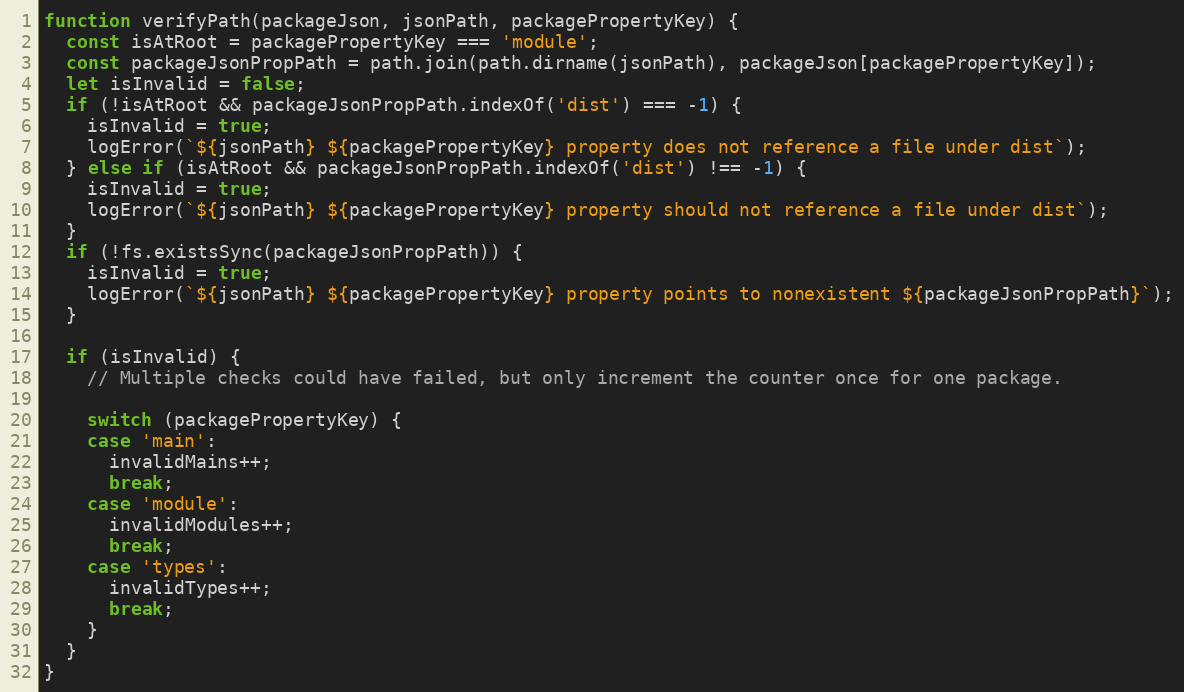
Language: JavaScript
function verifyPath(packageJson, jsonPath, packagePropertyKey) {
  const isAtRoot = packagePropertyKey === 'module';
  const packageJsonPropPath = path.join(path.dirname(jsonPath), packageJson[packagePropertyKey]);
  let isInvalid = false;
  if (!isAtRoot && packageJsonPropPath.indexOf('dist') === -1) {
    isInvalid = true;
    logError(`${jsonPath} ${packagePropertyKey} property does not reference a file under dist`);
  } else if (isAtRoot && packageJsonPropPath.indexOf('dist') !== -1) {
    isInvalid = true;
    logError(`${jsonPath} ${packagePropertyKey} property should not reference a file under dist`);
  }
  if (!fs.existsSync(packageJsonPropPath)) {
    isInvalid = true;
    logError(`${jsonPath} ${packagePropertyKey} property points to nonexistent ${packageJsonPropPath}`);
  }

  if (isInvalid) {
    // Multiple checks could have failed, but only increment the counter once for one package.

    switch (packagePropertyKey) {
    case 'main':
      invalidMains++;
      break;
    case 'module':
      invalidModules++;
      break;
    case 'types':
      invalidTypes++;
      break;
    }
  }
}